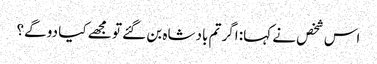
اس شخص نے کہا: اگر تم بادشاہ بن گئے تو مجھے کیا دو گے؟